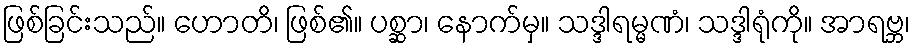
ဖြစ်ခြင်းသည်။ ဟောတိ၊ ဖြစ်၏။ ပစ္ဆာ၊ နောက်မှ။ သဒ္ဒါရမ္မဏံ၊ သဒ္ဒါရုံကို။ အာရဗ္ဘ၊